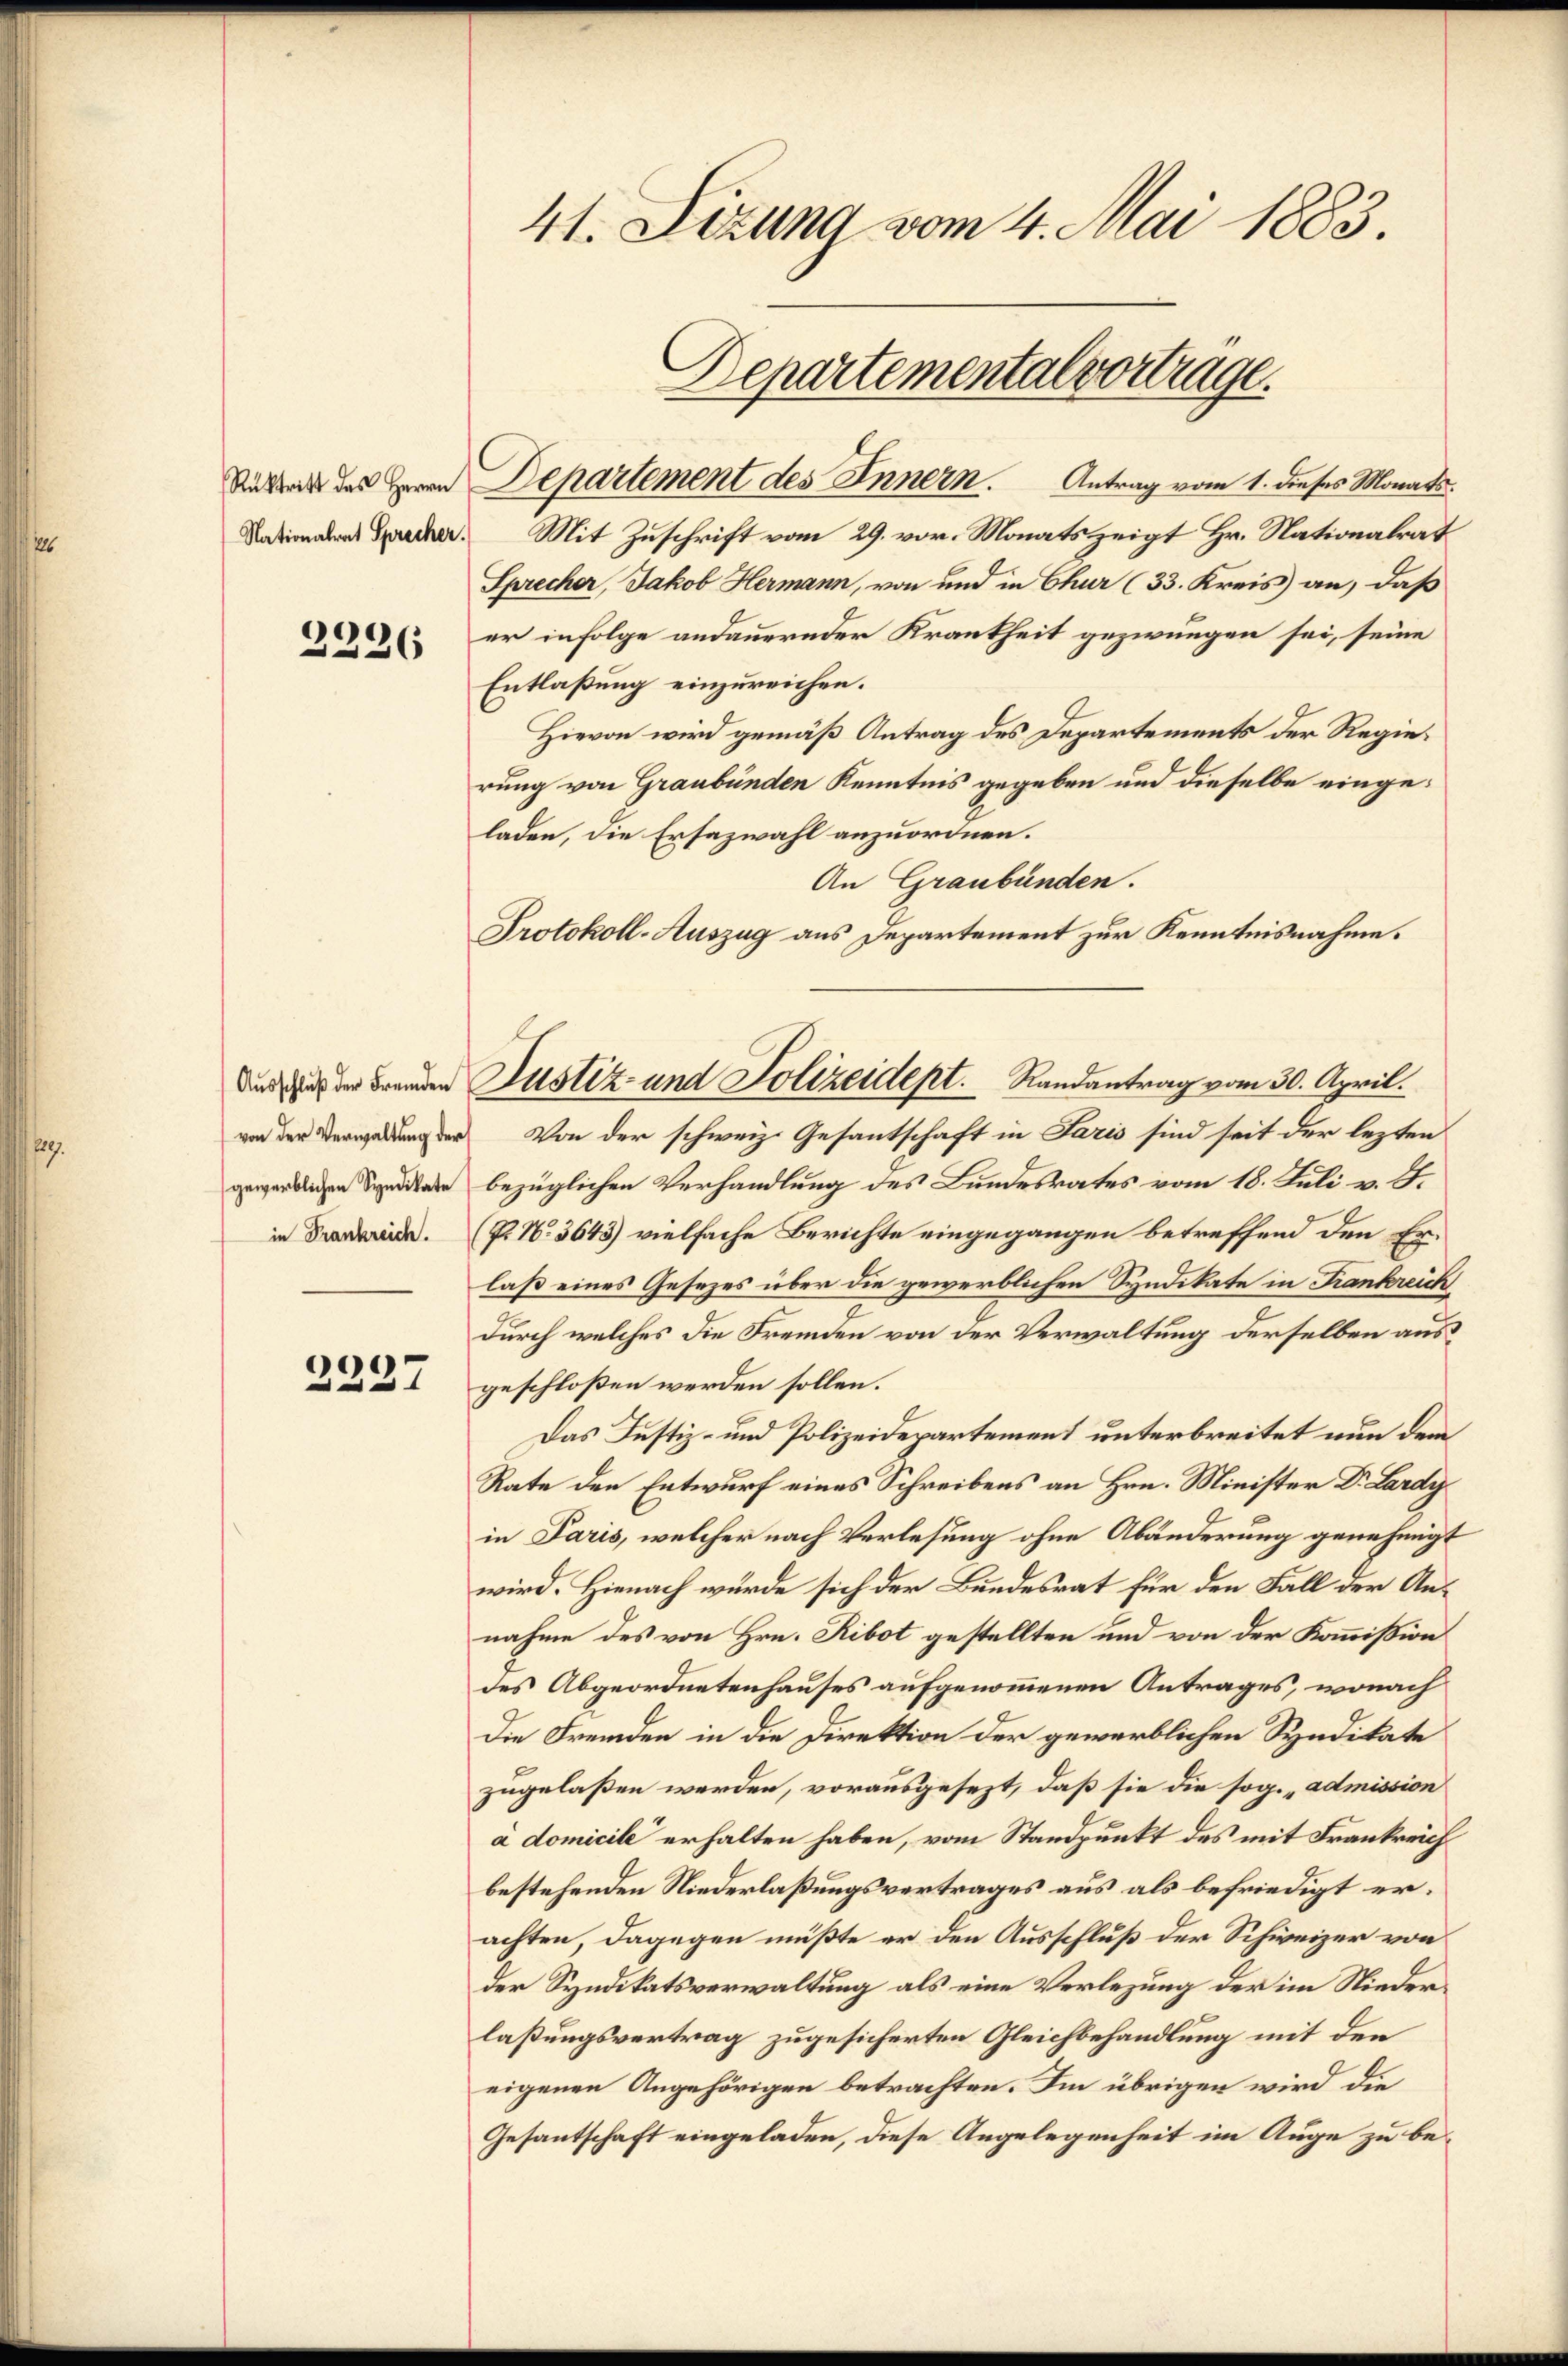
Nationalrat Sprecher.

.
36

von der Verwaltung der

2227

41. Sizung vom 4. Mai 1883.
Departementalvortrage.

Sita des Herrn Departement des Innern. Antrag vom 1. dieses Monats.
Mit Zuschrift vom 29. vor. Monats zeigt Hr. Nationalrat
Sprecher, Jakob Hermann, von und in Chur (33. Kreis an, daß
er infolge andauernder Krankheit gezwungen sei, seine
Entlaßung einzureichen.
Hievon wird gemäß Antrag des Departements der Regierung von Graubünden Kenntnis gegeben und dieselbe eingeladen, die Ersazwahl anzuordnen.
An Graubünden.
Protokoll-Auszug aus Departement zur Kenntnisnahme.
Von der schweiz. Gesantschaft in Paris sind seit der lezten
en Seitete bezüglichen Verhandlung des Bundesrates vom 18. Juli v. J.
in Franarii (P. Nr. 3643) vielfache Berichte eingegangen betreffend den Erlaß eines Gesezes über die gewerblichen Syndikate in Frankreich
durch welches die Fremden von der Verwaltung derselben ausgeschloßen werden sollen.
Das Justiz- und Polizeidepartement unterbreitet nun dem
Rate den Entwurf eines Schreibens an Hrn. Minister Dr. Lardy
in Paris, welcher nach Verlesung ohne Abänderung genehmigt
wird. Hienach würde sich der Bundesrat für den Fall der Annahme des von Hrn. Ribot gestellten und von der Kommißion
des Abgeordnetenhauses aufgenommenen Antrages, wonach
Die Fremden in die Direktion der gewerblichen Syndikate
zugelaßen werden, vorausgesezt, daß sie die sog. „admission
à domicile erhalten haben, vom Standpunkt des mit Frankreich
bestehenden Niederlaßungsvertrages aus als befriedigt erachten, dagegen müßte er den Ausschluß der Schweizer von
der Syndikatsverwaltung als eine Verlegung der im Niederlaßungsvertrag zugesicherten Gleichbehandlung mit den
eigenen Angehörigen betrachten. Im übrigen wird die
Gesantschaft eingeladen, diese Angelegenheit im Auge zu be¬

di der Fremden Justiz und Polizeidept. Randantrag vom 30. April.